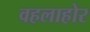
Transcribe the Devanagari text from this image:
वहलाहोर